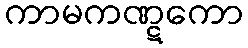
ကာမကဏ္ဋကော